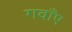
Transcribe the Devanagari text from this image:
गवाँए